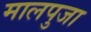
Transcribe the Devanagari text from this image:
मालपुजा